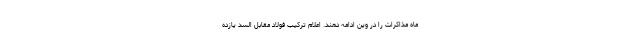
ماه مذاکرات را در وین ادامه دهند. اعلام ترکیب فولاد مقابل السد یازده